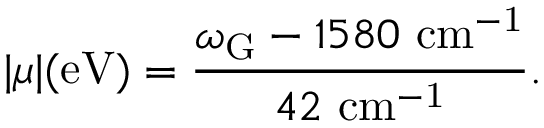
| \mu | ( \mathrm { e V } ) = \frac { \omega _ { \mathrm { G } } - 1 5 8 0 ~ \mathrm { c m ^ { - 1 } } } { 4 2 ~ \mathrm { c m ^ { - 1 } } } .